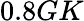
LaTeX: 0.8GK